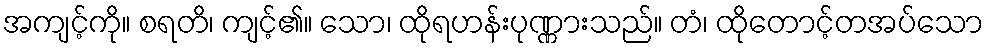
အကျင့်ကို။ စရတိ၊ ကျင့်၏။ သော၊ ထိုရဟန်းပုဏ္ဏားသည်။ တံ၊ ထိုတောင့်တအပ်သော